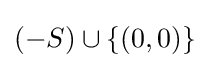
(-S)\cup \{(0,0)\}